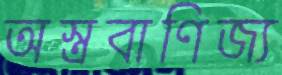
অস্ত্রবাণিজ্য